Some observations on the poison of Russell's viper (Daboia russellii) - Number 3
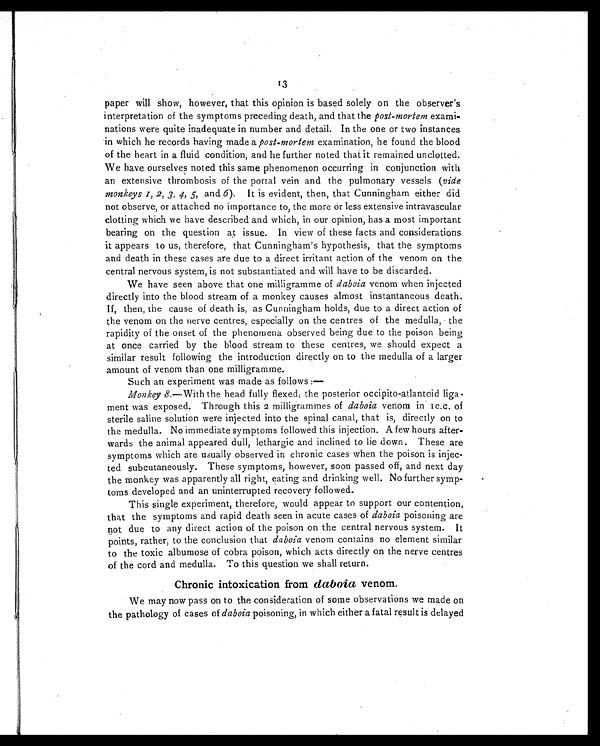
13
paper will show, however, that this opinion is based solely on the observer's
interpretation of the symptoms preceding death, and that the post-mortem exami-
nations were quite inadequate in number and detail. In the one or two instances
in which he records having made a post-mortem examination, he found the blood
of the heart in a fluid condition, and he further noted that it remained unclotted.
We have ourselves noted this same phenomenon occurring in conjunction with
an extensive thrombosis of the portal vein and the pulmonary vessels ( vide
monkeys 1, 2, 3, 4, 5, and 6) . It is evident, then, that Cunningham either did
not observe, or attached no importance to, the more or less extensive intravascular
clotting which we have described and which, in our opinion, has a most important
bearing on the question at issue. In view of these facts and considerations
it appears to us, therefore, that Cunningham's hypothesis, that the symptoms
and death in these cases are due to a direct irritant action of the venom on the
central nervous system, is not substantiated and will have to be discarded.
We have seen above that one milligramme of daboia venom when injected
directly into the blood stream of a monkey causes almost instantaneous death.
If, then, the cause of death is, as Cunningham holds, due to a direct action of
the venom on the nerve centres, especially on the centres of the medulla, the
rapidity of the onset of the phenomena observed being due to the poison being
at once carried by the blood stream to these centres, we should expect a
similar result following the introduction directly on to the medulla of a larger
amount of venom than one milligramme.
Such an experiment was made as follows :—
Monkey 8.—With the head fully flexed, the posterior occipito-atlantoid liga-
ment was exposed. Through this 2 milligrammes of daboia venom in 1 c.c. of
sterile saline solution were injected into the spinal canal, that is, directly on to
the medulla. No immediate symptoms followed this injection. A few hours after-
wards the animal appeared dull, lethargic and inclined to lie down. These are
symptoms which are usually observed in chronic cases when the poison is injec-
ted subcutaneously. These symptoms, however, soon passed off, and next day
the monkey was apparently all right, eating and drinking well. No further symp-
toms developed and an uninterrupted recovery followed.
This single experiment, therefore, would appear to support our contention,
that the symptoms and rapid death seen in acute cases of daboia poisoning are
not due to any direct action of the poison on the central nervous system. It
points, rather, to the conclusion that daboia venom contains no element similar
to the toxic albumose of cobra poison, which acts directly on the nerve centres
of the cord and medulla. To this question we shall return.
Chronic intoxication from daboia venom.
We may now pass on to the consideration of some observations we made on
the pathology of cases of daboia poisoning, in which either a fatal result is delayed